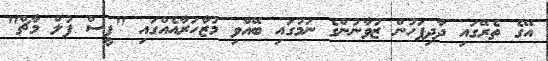
އޭގެ ތެރޭގައި ދާދިފަހުން ޒުވާނުންގެ ނަމުގައި ބޭއްވި މުޒާހަރާއެއްގައި "ޕީސް ފުލް މާޗް"